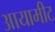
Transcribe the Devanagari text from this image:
आयामीट